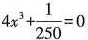
(1) $$1)4x^{3}+ \frac{1}{250}=0$$